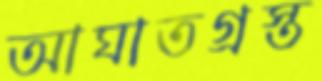
আঘাতগ্রস্ত